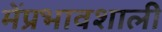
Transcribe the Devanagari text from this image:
मेंप्रभावशाली